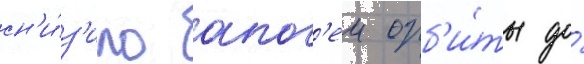
сн'и́з'ило апог'еи орб'и́ты до́